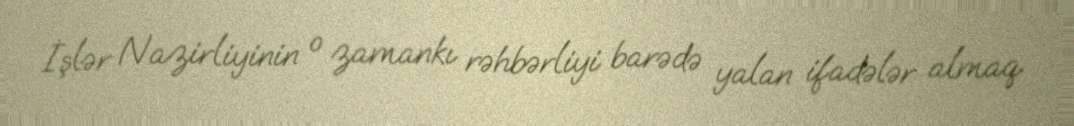
İşlər Nazirliyinin o zamankı rəhbərliyi barədə yalan ifadələr almaq